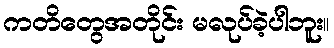
ကတိတွေအတိုင်း မလုပ်ခဲ့ပါဘူး။